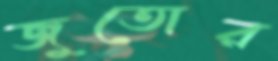
জুতোর